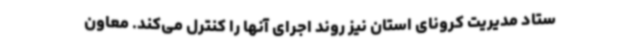
ستاد مدیریت کرونای استان نیز روند اجرای آنها را کنترل می‌کند. معاون